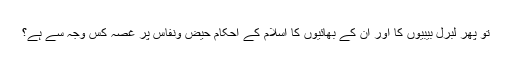
تو پھر لبرل بیبیوں کا اور ان کے بھائیوں کا اسلام کے احکام حیض ونفاس پر غصہ کس وجہ سے ہے؟